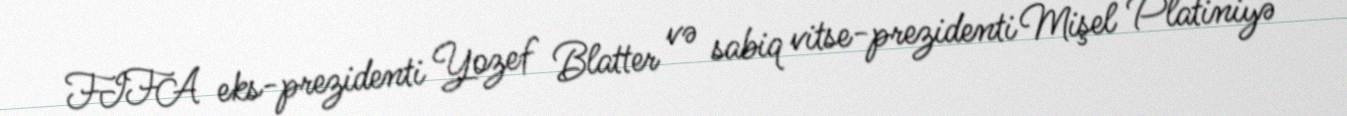
FIFA eks-prezidenti Yozef Blatter və sabiq vitse-prezidenti Mişel Platiniyə